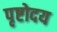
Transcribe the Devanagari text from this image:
पृष्टोदय